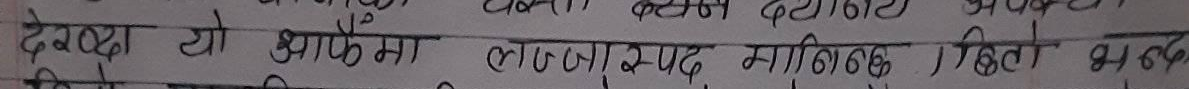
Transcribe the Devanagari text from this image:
देख्दा यो झाकीमा लोचत्पद् मानचित्रण बितो भछ।